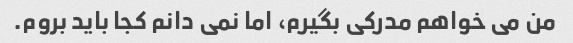
من می خواهم مدرکی بگیرم، اما نمی دانم کجا باید بروم.